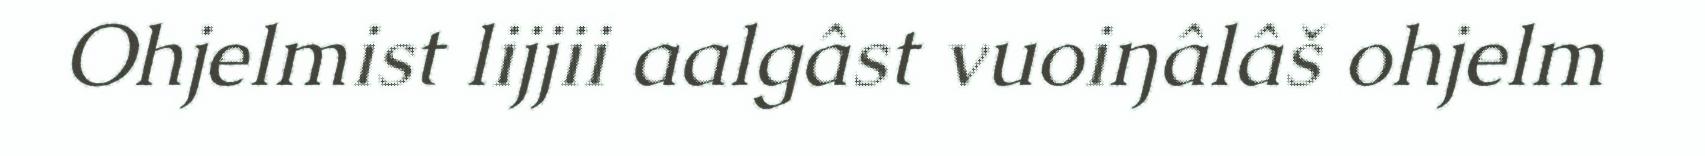
Ohjelmist lijjii aalgâst vuoiŋâlâš ohjelm